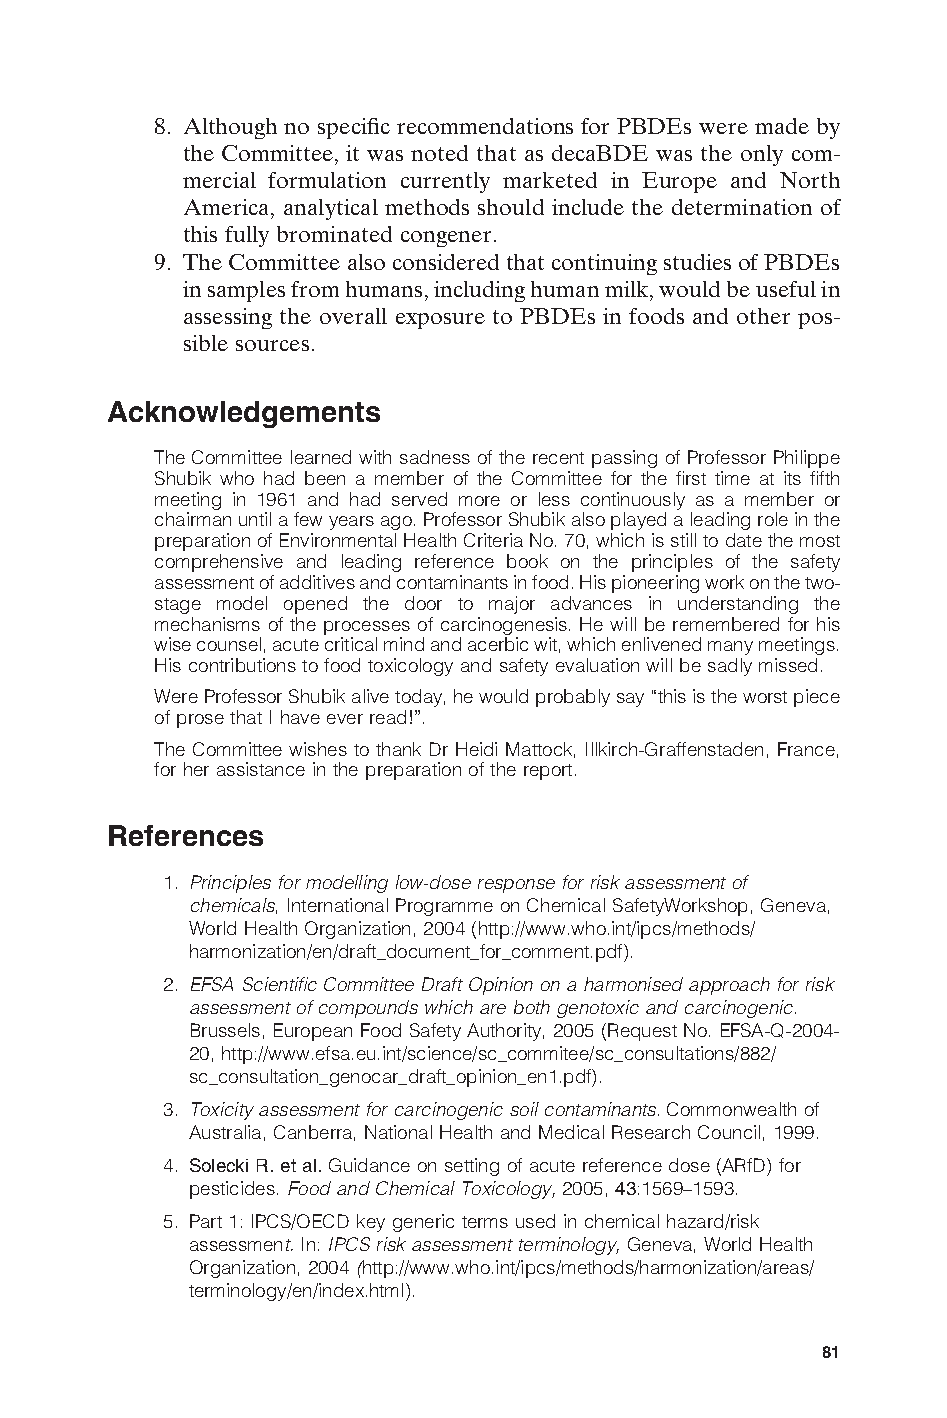
8. Although no specific recommendations for PBDEs were made by
 the Committee, it was noted that as decaBDE was the only com-
 mercial formulation currently marketed in Europe and North
 America, analytical methods should include the determination of
 this fully brominated congener.
 9. The Committee also considered that continuing studies of PBDEs
 in samples from humans, including human milk, would be useful in
 assessing the overall exposure to PBDEs in foods and other pos-
 sible sources.
 Acknowledgements
 The Committee learned with sadness of the recent passing of Professor Philippe
 Shubik who had been a member of the Committee for the first time at its fifth
 meeting in 1961 and had served more or less continuously as a member or
 chairman until a few years ago. Professor Shubik also played a leading role in the
 preparation of Environmental Health Criteria No. 70, which is still to date the most
 comprehensive and leading reference book on the principles of the safety
 assessment of additives and contaminants in food. His pioneering work on the two-
 stage model opened the door to major advances in understanding the
 mechanisms of the processes of carcinogenesis. He will be remembered for his
 wise counsel, acute critical mind and acerbic wit, which enlivened many meetings.
 His contributions to food toxicology and safety evaluation will be sadly missed.
 Were Professor Shubik alive today, he would probably say “this is the worst piece
 of prose that I have ever read!”.
 The Committee wishes to thank Dr Heidi Mattock, Illkirch-Graffenstaden, France,
 for her assistance in the preparation of the report.
 References
 1. Principles for modelling low-dose response for risk assessment of
 chemicals, International Programme on Chemical SafetyWorkshop, Geneva,
 World Health Organization, 2004 (http://www.who.int/ipcs/methods/
 harmonization/en/draft_document_for_comment.pdf).
 2. EFSA Scientific Committee Draft Opinion on a harmonised approach for risk
 assessment of compounds which are both genotoxic and carcinogenic.
 Brussels, European Food Safety Authority, 2005 (Request No. EFSA-Q-2004-
 20, http://www.efsa.eu.int/science/sc_commitee/sc_consultations/882/
 sc_consultation_genocar_draft_opinion_en1.pdf).
 3. Toxicity assessment for carcinogenic soil contaminants. Commonwealth of
 Australia, Canberra, National Health and Medical Research Council, 1999.
 4. Solecki R. et al. Guidance on setting of acute reference dose (ARfD) for
 pesticides. Food and Chemical Toxicology, 2005, 43:1569–1593.
 5. Part 1: IPCS/OECD key generic terms used in chemical hazard/risk
 assessment. In: IPCS risk assessment terminology, Geneva, World Health
 Organization, 2004 (http://www.who.int/ipcs/methods/harmonization/areas/
 E
 terminology/en/index.html).
 81
 Untitled-4       81                    12/20/05, 19:53